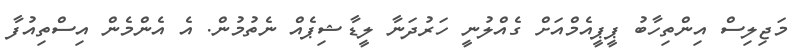
މަޖިލިސް އިންތިހާބު ޕީޕީއެމްއަށް ގެއްލުނީ ހަރުދަނާ ލީޑާޝިޕެއް ނެތުމުން. އެ އެންމެން އިސްތިއުފާ